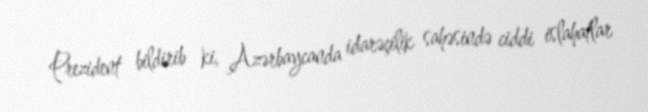
Prezident bildirib ki, Azərbaycanda idarəçilik sahəsində ciddi islahatlar